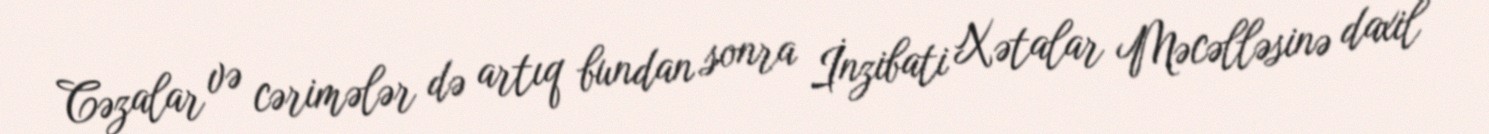
Cəzalar və cərimələr də artıq bundan sonra İnzibati Xətalar Məcəlləsinə daxil